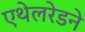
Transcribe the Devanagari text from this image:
एथेलरेडने